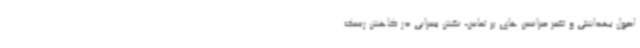
اصول بهداشتی و تغییر میزانسن های پر تماس، نقش بسزایی در کاهش ریسک